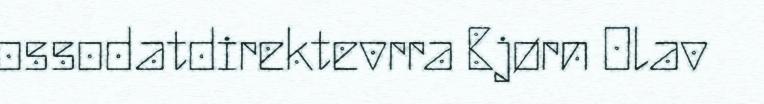
ossodatdirektevrra Bjørn Olav